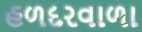
હળદરવાળા